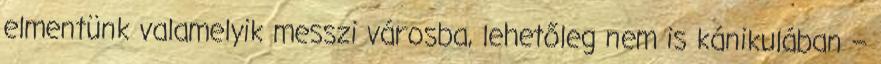
elmentünk valamelyik messzi városba, lehetőleg nem is kánikulában –